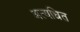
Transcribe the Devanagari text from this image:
अत्यधित